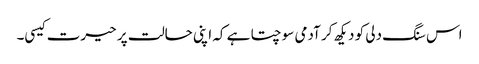
اس سنگ دلی کو دیکھ کر آدمی سوچتا ہے کہ اپنی حالت پر حیرت کیسی۔